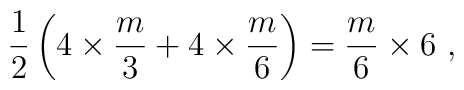
\frac{1}{2} \left( 4 \times \frac{m}{3} + 4 \times \frac{m}{6} \right)= \frac{m}{6} \times 6 ~,